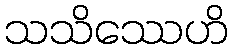
သသိဿေဟိ